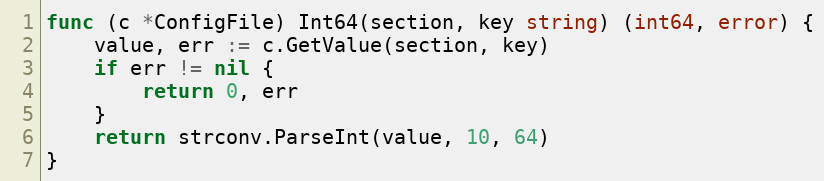
Language: Go
func (c *ConfigFile) Int64(section, key string) (int64, error) {
	value, err := c.GetValue(section, key)
	if err != nil {
		return 0, err
	}
	return strconv.ParseInt(value, 10, 64)
}